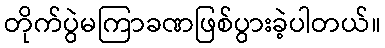
တိုက်ပွဲမကြာခဏဖြစ်ပွားခဲ့ပါတယ်။